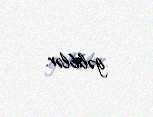
gəliblər.